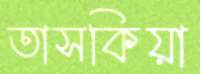
তাসকিয়া